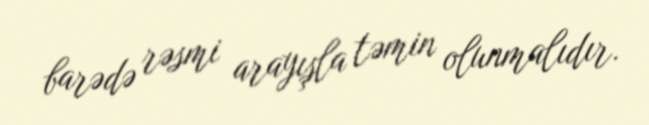
barədə rəsmi arayışla təmin olunmalıdır.